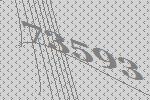
73593